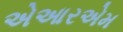
એઆરએમ